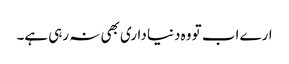
ارے اب تو وہ دنیا داری بھی نہ رہی ہے۔